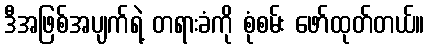
ဒီအဖြစ်အပျက်ရဲ့ တရားခံကို စုံစမ်း ဖော်ထုတ်တယ်။